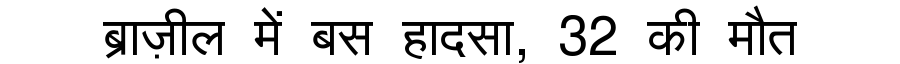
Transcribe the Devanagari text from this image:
ब्राज़ील में बस हादसा, 32 की मौत